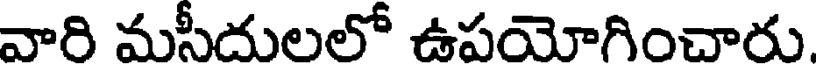
వారి మసీదులలో ఉపయోగించారు